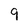
Character: 9